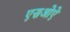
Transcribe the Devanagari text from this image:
एसओऐ